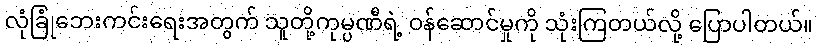
လုံခြုံဘေးကင်းရေးအတွက် သူတို့ကုမ္ပဏီရဲ့ ဝန်ဆောင်မှုကို သုံးကြတယ်လို့ ပြောပါတယ်။